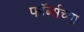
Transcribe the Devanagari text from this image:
फॉर्ब्सच्या